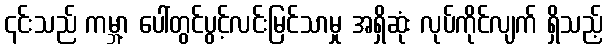
၎င်းသည် ကမ္ဘာ့ ပေါ်တွင်ပွင့်လင်းမြင်သာမှု အရှိဆုံး လုပ်ကိုင်လျက် ရှိသည့်